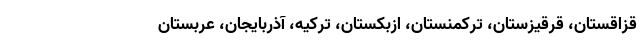
قزاقستان، قرقیزستان، ترکمنستان، ازبکستان، ترکیه، آذربایجان، عربستان